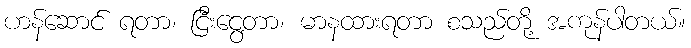
ဟန်ဆောင် ရတာ၊ ငြီးငွေ့တာ၊ မာနထားရတာ စသည်တို့ အကုန်ပါတယ်။